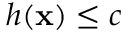
h ( \mathbf { x } ) \leq c